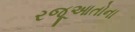
રજૂઆતોના